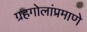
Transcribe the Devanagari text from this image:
ग्रहगोलांप्रमाणे